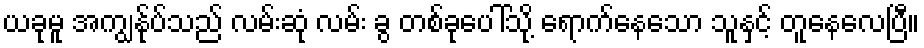
ယခုမူ အကျွန်ုပ်သည် လမ်းဆုံ လမ်း ခွ တစ်ခုပေါ်သို့ ရောက်နေသော သူနှင့် တူနေလေပြီ။